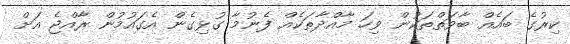
ކިރުގެ ބައެއް ބާވަތްތަކުން ވިހަ މާއްދާތަކެއް ފެނުމާ ގުޅިގެން އެގައުމުން ރާއްޖެ އަށް